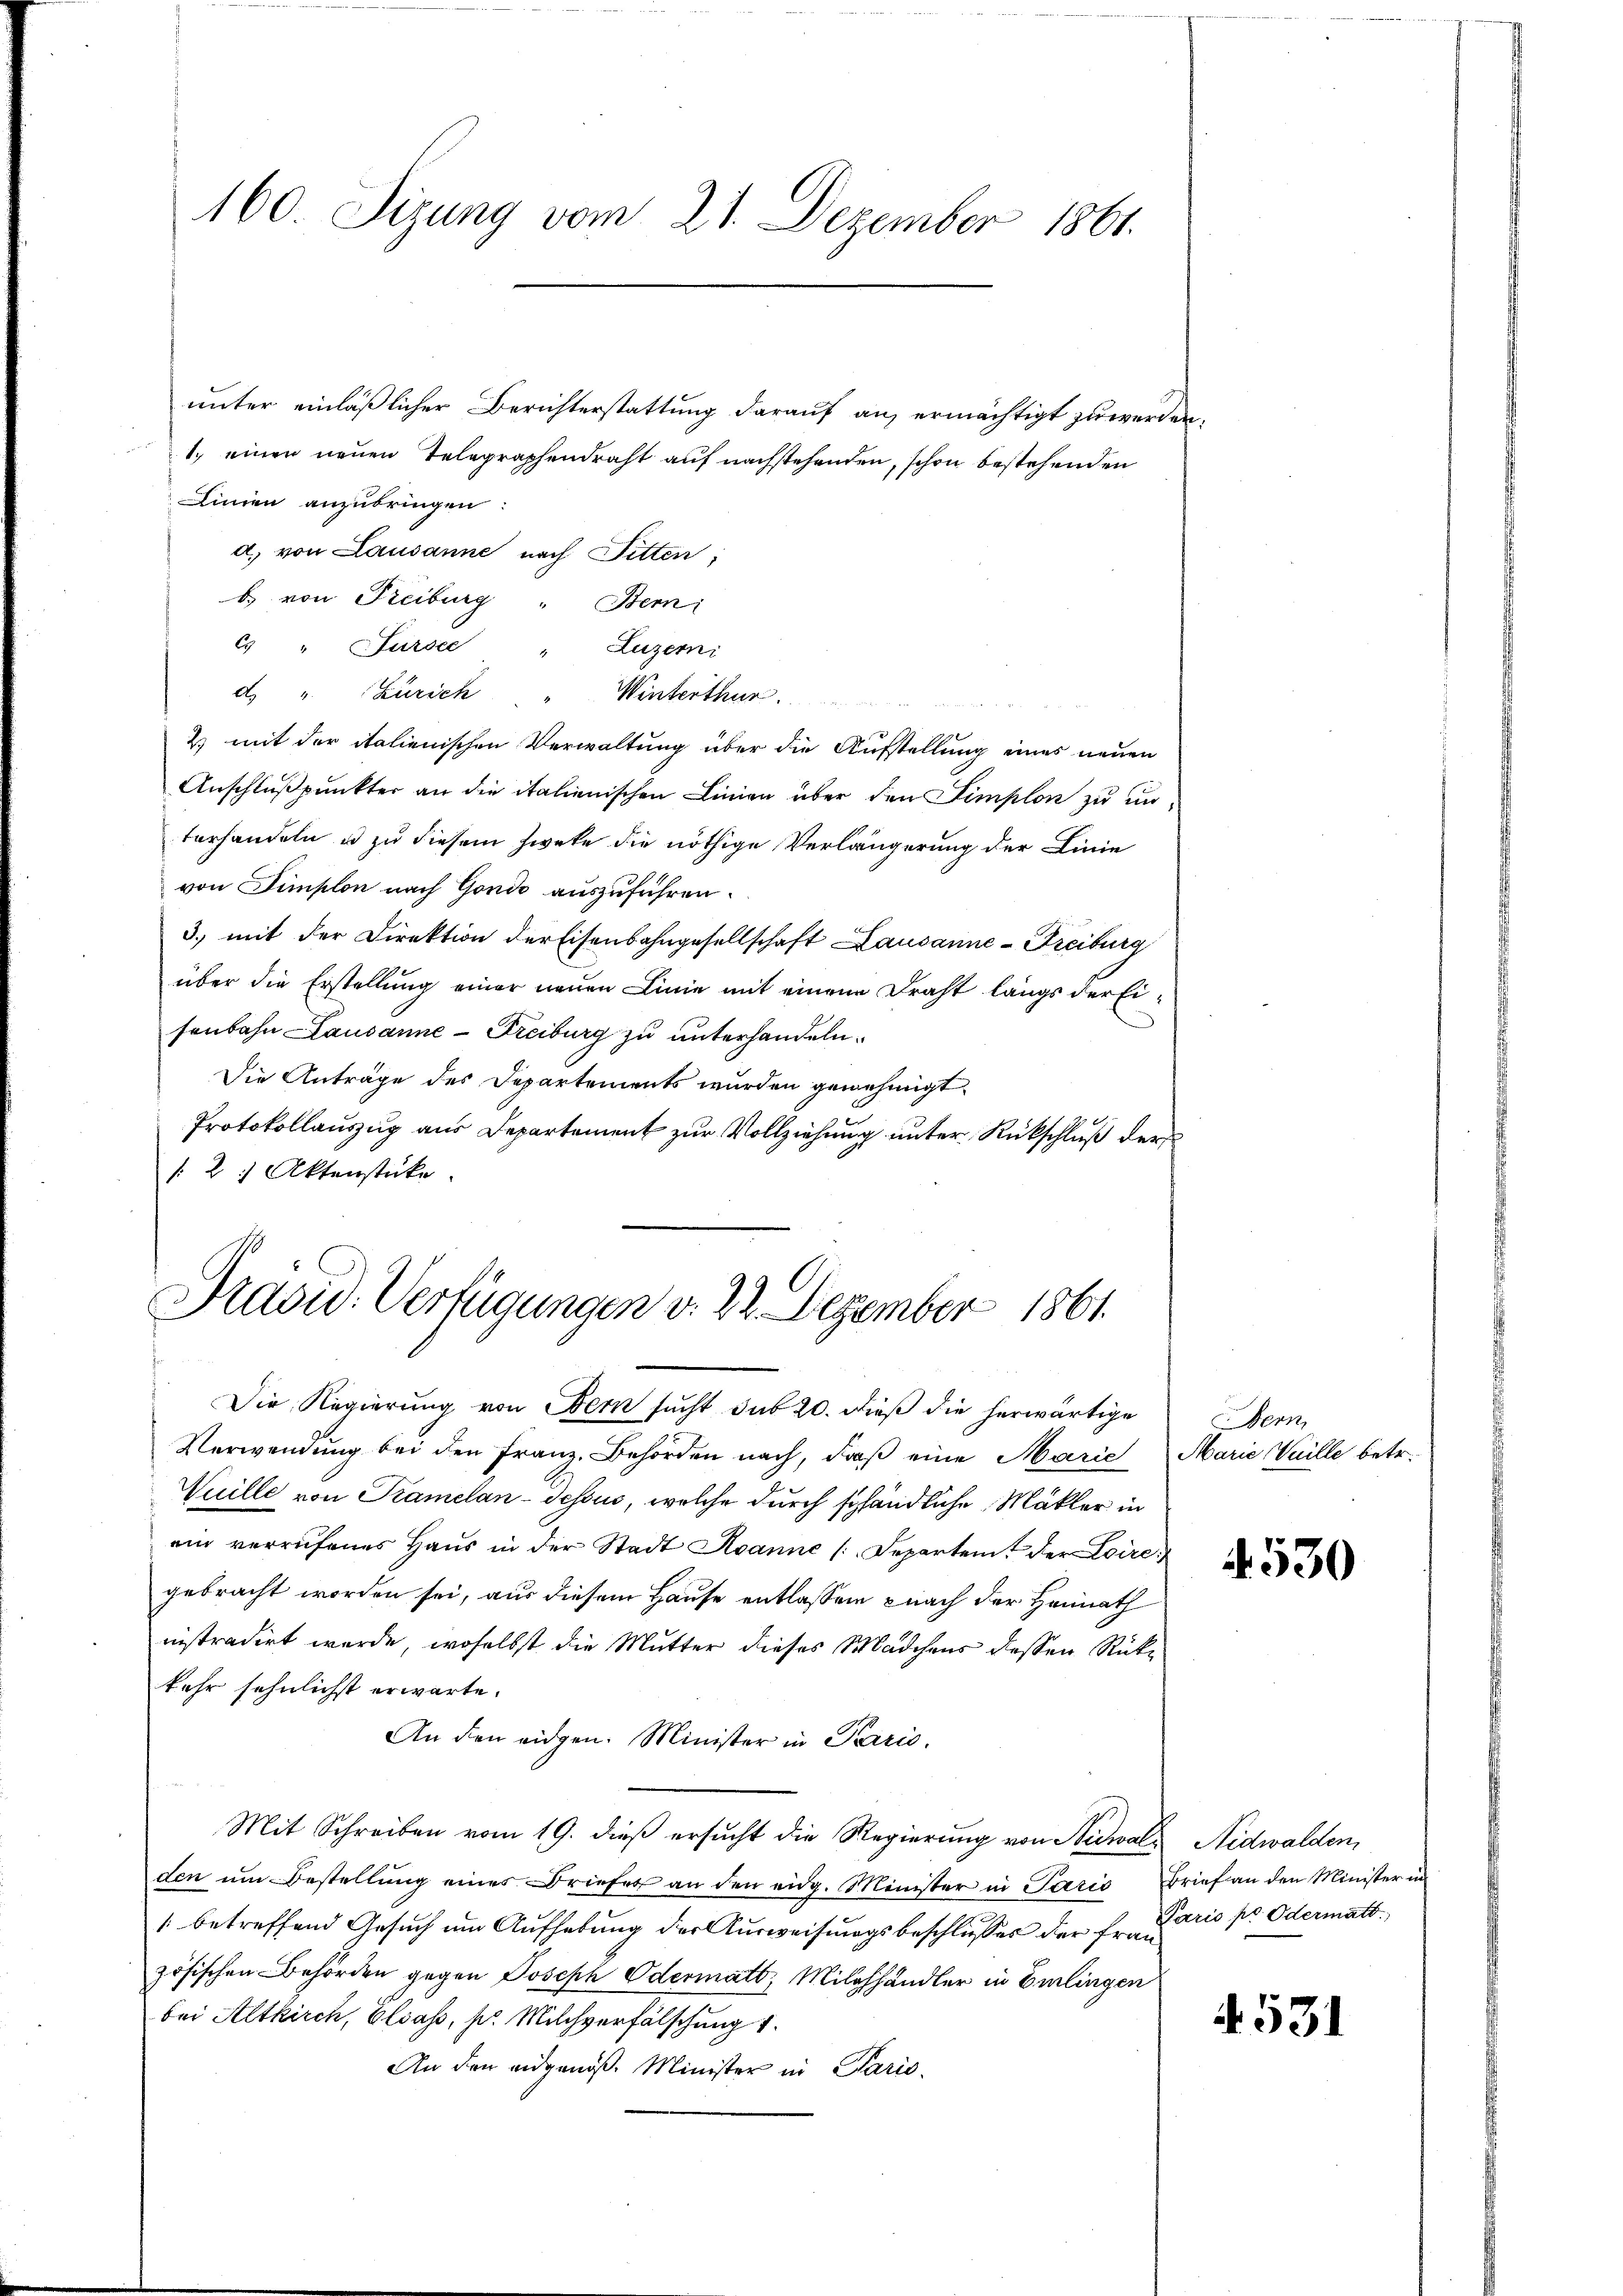
160. Sizung vom 21. Dezember 1861.

unter einläßlicher Berichterstattung darauf an, ermächtigt zu werden.
1. einen neuen Telegraphendraht auf nachstehenden, schon bestehenden
Linien anzubringen
d. von Lausanne nach Fitten;
b. von Freiburg " Bem
C " Sursee " Luzern
d. " CZürich " Winterthur
2) mit der italienischen Verwaltung über die Aufstellung eines neuen
Anschlußpunkter an die italienischen Linien über den Simplon zu unterhandeln u zu diesem Zweke die nöthige Verlängerung der Linie
von Simplon nach Gondo auszuführen.
3) mit der Direktion der Eisenbahngesellschaft Lausanne-Freiburg
über die Erstellung einer neuen Linie mit einem Draht längs der Eisenbahn Lausanne-Freiburg zu unterhandeln.
Die Anträge des Departements wurden genehmigt
Protokollauszug aus Departement zur Vollziehung unter Rückschluß der
: 2 Aktenstücke.

Präsid. Verfügungen v. 22. Dezember 1861.

Mit Schreiben vom 19. dieß ersucht die Regierung von Nidwald Nidwalden,
den um Bestellung eines Briefes an den eidg. Minister in Paris Brief an den Minister in
1 betreffend Gesuch um Aufhebung der Ausweisungsbeschlusses der Hr. Paris pr. Odermatt.
zösischen Behörden gegen Joseph Odermatt, Milchhändler in Emlingen
bei Altkirch, Elsass, pr. Milchverfälschung 1.
An den eidgenöß. Minister in Paris

Die Regierung von Bern sucht sub 20. Dieß die herwärtige
Verwendung bei den Franz. Behörden nach, daß eine Marie Marie Vaille betr.
Wuille von Kramelan-Tessus, welche durch schändliche Mäkler in
ein verrufenes Haŭs in der Stadt Spanne (Separtent der Loire.
gebracht worden sei, aus diesem Hause entlassen nach der Heimath
nistradirt werde, woselbst die Mutter dieses Mädchens dessen Rückkehr sehnlichst erwarte.
An den eidgen. Minister in Paris,

Bern,

4530

4531